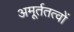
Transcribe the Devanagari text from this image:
अमूर्ततत्वों